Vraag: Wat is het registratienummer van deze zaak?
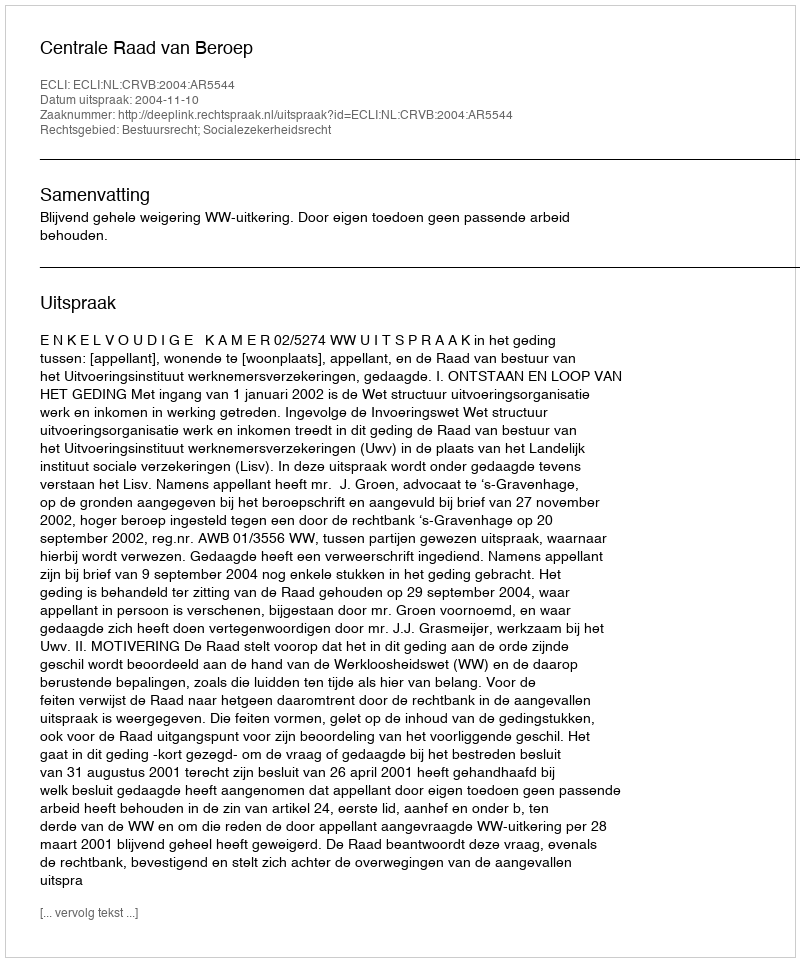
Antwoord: http://deeplink.rechtspraak.nl/uitspraak?id=ECLI:NL:CRVB:2004:AR5544